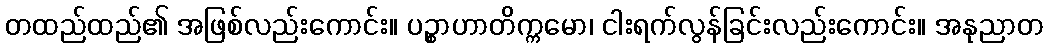
တထည်ထည်၏ အဖြစ်လည်းကောင်း။ ပဉ္စာဟာတိက္ကမော၊ ငါးရက်လွန်ခြင်းလည်းကောင်း။ အနုညာတ